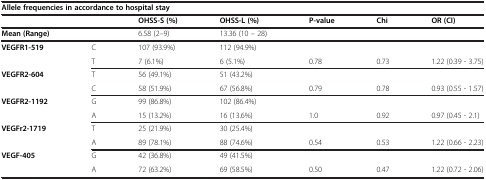
<table><thead><tr><td colspan="7"><b>Allele frequencies in accordance to hospital stay</b></td></tr><tr><td><b> </b></td><td><b> </b></td><td><b>OHSS-S (%)</b></td><td><b>OHSS-L (%)</b></td><td><b>P-value</b></td><td><b>Chi</b></td><td><b>OR (CI)</b></td></tr></thead><tbody><tr><td><b>Mean (Range)</b></td><td> </td><td>6.58 (2–9)</td><td>13.36 (10 – 28)</td><td> </td><td> </td><td> </td></tr><tr><td><b>VEGFR1-519</b></td><td>C</td><td>107 (93.9%)</td><td>112 (94.9%)</td><td> </td><td> </td><td> </td></tr><tr><td> </td><td>T</td><td>7 (6.1%)</td><td>6 (5.1%)</td><td>0.78</td><td>0.73</td><td>1.22 (0.39 - 3.75)</td></tr><tr><td><b>VEGFR2-604</b></td><td>T</td><td>56 (49.1%)</td><td>51 (43.2%)</td><td> </td><td> </td><td> </td></tr><tr><td> </td><td>C</td><td>58 (51.9%)</td><td>67 (56.8%)</td><td>0.79</td><td>0.78</td><td>0.93 (0.55 - 1.57)</td></tr><tr><td><b>VEGFR2-1192</b></td><td>G</td><td>99 (86.8%)</td><td>102 (86.4%)</td><td> </td><td> </td><td> </td></tr><tr><td> </td><td>A</td><td>15 (13.2%)</td><td>16 (13.6%)</td><td>1.0</td><td>0.92</td><td>0.97 (0.45 - 2.1)</td></tr><tr><td><b>VEGFr2-1719</b></td><td>T</td><td>25 (21.9%)</td><td>30 (25.4%)</td><td> </td><td> </td><td> </td></tr><tr><td> </td><td>A</td><td>89 (78.1%)</td><td>88 (74.6%)</td><td>0.54</td><td>0.53</td><td>1.22 (0.66 - 2.23)</td></tr><tr><td><b>VEGF-405</b></td><td>G</td><td>42 (36.8%)</td><td>49 (41.5%)</td><td> </td><td> </td><td> </td></tr><tr><td> </td><td>A</td><td>72 (63.2%)</td><td>69 (58.5%)</td><td>0.50</td><td>0.47</td><td>1.22 (0.72 - 2.06)</td></tr></tbody></table>